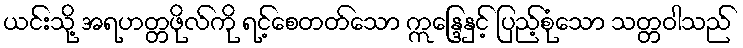
ယင်းသို့ အရဟတ္တဖိုလ်ကို ရင့်စေတတ်သော ဣန္ဒြေနှင့် ပြည့်စုံသော သတ္တဝါသည်